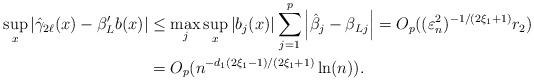
LaTeX: \begin{align*}\sup_{x}|\hat{\gamma}_{2\ell}(x)-\beta_{L}^{\prime}b(x)| & \leq\max_{j}\sup_{x}\left\vert b_{j}(x)\right\vert \sum_{j=1}^{p}\left\vert \hat{\beta}_{j}-\beta_{Lj}\right\vert =O_{p}((\varepsilon_{n}^{2})^{-1/(2\xi_{1}+1)}r_{2})\\& =O_{p}(n^{-d_{1}(2\xi_{1}-1)/(2\xi_{1}+1)}\ln(n)).\end{align*}